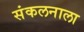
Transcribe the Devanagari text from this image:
संकलनाला